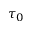
\tau _ { 0 }